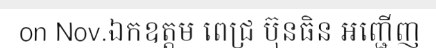
on Nov.ឯកឧត្តម ពេជ្រ ប៊ុនធិន អញ្ជើញ